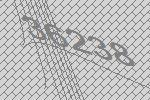
36238